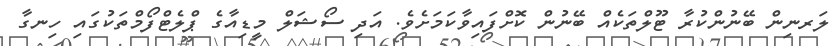
ލަރނިން ބޭނުންކުރާ ޓޫލްތަކެއް ބޭނުން ކޮށްފައިވާކަމަށެވެ. އަދި ސޯޝަލް މީޑިއާގެ ޕްލެޓްފޯމްތަކުގައި ހިނގާ